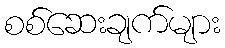
စစ်ဆေးချက်များ